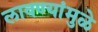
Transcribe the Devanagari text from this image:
लावण्यांमुळे